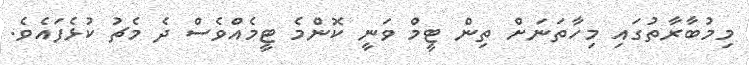
މިމުބާރާތުގައި މިހާތަނަށް ތިން ޓީމް ވަނީ ކޮންމެ ޓީމެއްވެސް ދެ މެޗު ކުޅެފައެވެ.